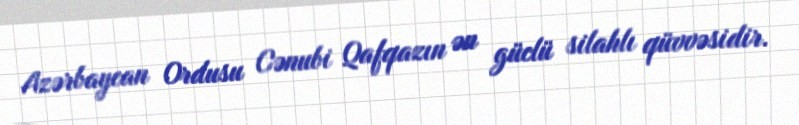
Azərbaycan Ordusu Cənubi Qafqazın ən güclü silahlı qüvvəsidir.